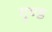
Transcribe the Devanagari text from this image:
गुण्ड